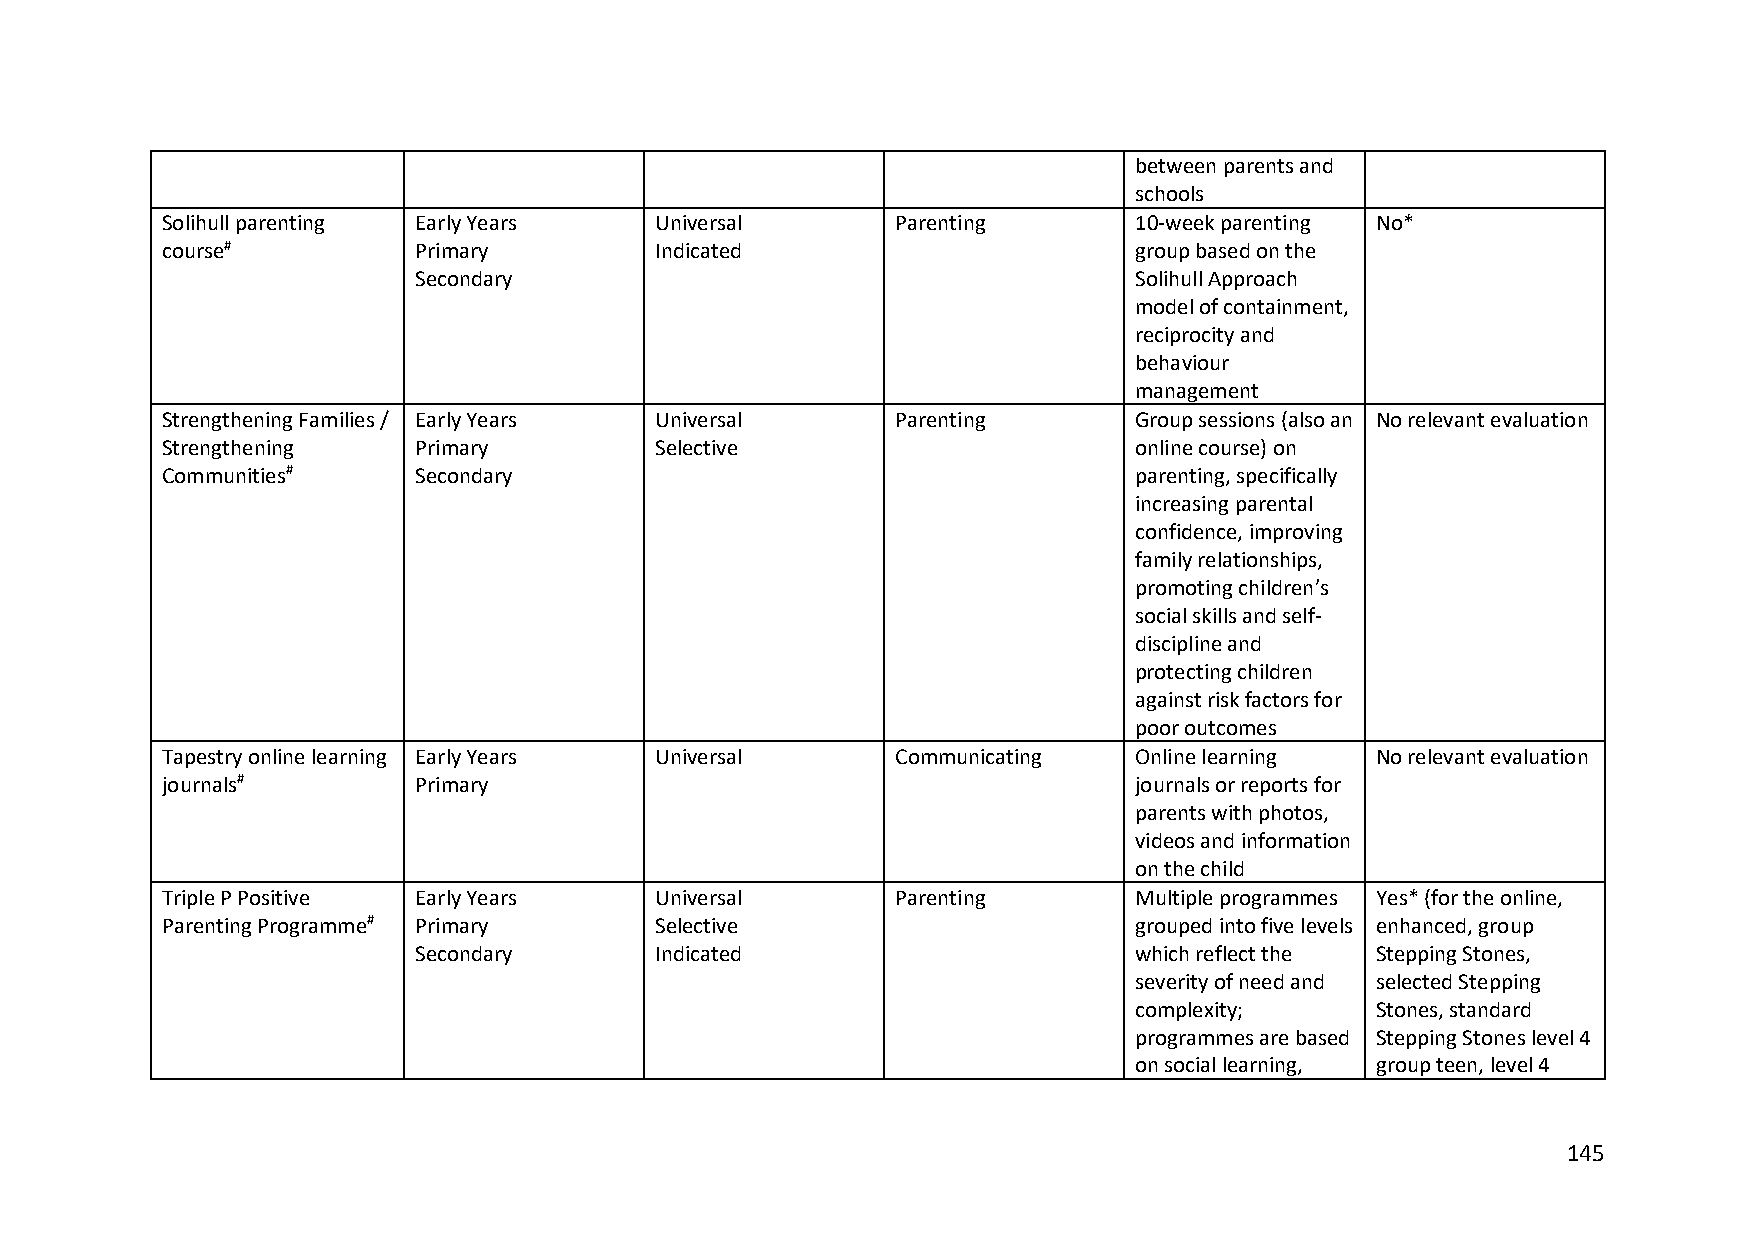
between parents and
 schools
 Solihull parenting Early Years  Universal       Parenting       10-week parenting No*
 course#         Primary         Indicated                       group based on the
 Secondary                                       Solihull Approach
 model of containment,
 reciprocity and
 behaviour
 management
 Strengthening Families / Early Years Universal  Parenting       Group sessions (also an No relevant evaluation
 Strengthening   Primary         Selective                       online course) on
 Communities#    Secondary                                       parenting, specifically
 increasing parental
 confidence, improving
 family relationships,
 promoting children’s
 social skills and self-
 discipline and
 protecting children
 against risk factors for
 poor outcomes
 Tapestry online learning Early Years Universal  Communicating   Online learning No relevant evaluation
 journals#       Primary                                         journals or reports for
 parents with photos,
 videos and information
 on the child
 Triple P Positive Early Years   Universal       Parenting       Multiple programmes Yes* (for the online,
 Parenting Programme# Primary    Selective                       grouped into five levels enhanced, group
 Secondary       Indicated                       which reflect the Stepping Stones,
 severity of need and selected Stepping
 complexity;     Stones, standard
 programmes are based Stepping Stones level 4
 on social learning, group teen, level 4
 145